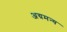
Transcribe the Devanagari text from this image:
अग्रमन्य